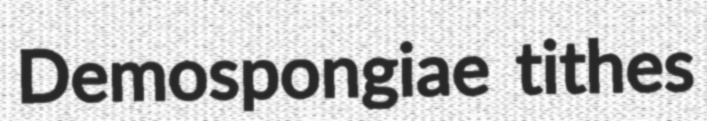
Demospongiae tithes